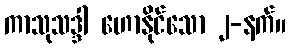
ကာသုသဒ္ဒါ ဟောနိုင်သော ၂-နက်။